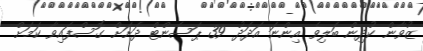
ޒުވާން ކުދިން ބަލިވެ އިންނަ އަދަދު 39 ޕަސެންޓް ދަށަށް ގޮސްފައިވާ ކަމަށް